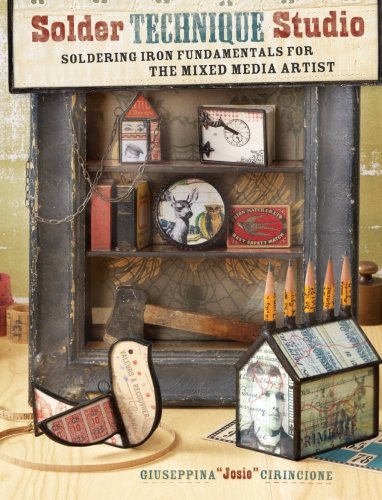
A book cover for Solder Technique Studio: Soldering Iron Fundamentals for the Mixed Media Artist; Giuseppina Cirincione; Arts & Photography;